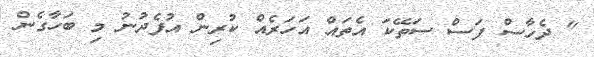
" ދެހާސް ފަސް ސަތޭކަ އެތައް އަހަރެއް ކުރިން އުފެދުނު މި ބަހާގެން